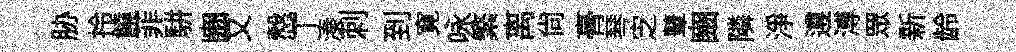
胁拎饒菲駢豳又慤丅湊刺到寛咏繁离尙𮌔琴㝎鼙豳隣淨遵溥眾新龄